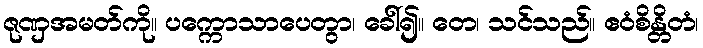
ဇုဏှအမတ်ကို။ ပက္ကောသာပေတွာ၊ ခေါ်၍။ တေ၊ သင်သည်။ ဧဝံစိန္တိတံ၊